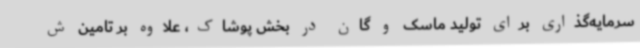
سرمایه‌گذاری برای تولید ماسک و گان در بخش پوشاک، علاوه بر تامین ش